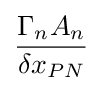
{\frac {{\Gamma {}}_{n}A_{n}}{{\delta {}x}_{PN}}}